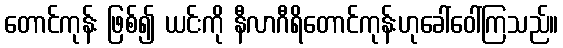
တောင်ကုန်း ဖြစ်၍ ယင်းကို နီလာဂီရိတောင်ကုန်းဟုခေါ်ဝေါ်ကြသည်။